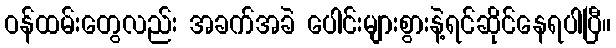
ဝန်ထမ်းတွေလည်း အခက်အခဲ ပေါင်းများစွားနဲ့ရင်ဆိုင်နေရပါပြီ။